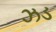
ઝડ